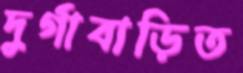
দুর্গাবাড়িত